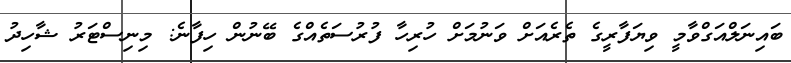
ބައިނަލްއަގްވާމީ ވިޔަފާރީގެ ތެރެއަށް ވަނުމަށް ހުރިހާ ފުރުސަތެއްގެ ބޭނުން ހިފާނެ: މިނިސްޓަރު ޝާހިދު